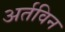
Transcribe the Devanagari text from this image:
अर्तविन